Indian journal of veterinary science and animal husbandry - Volume 6,
Year: 1936
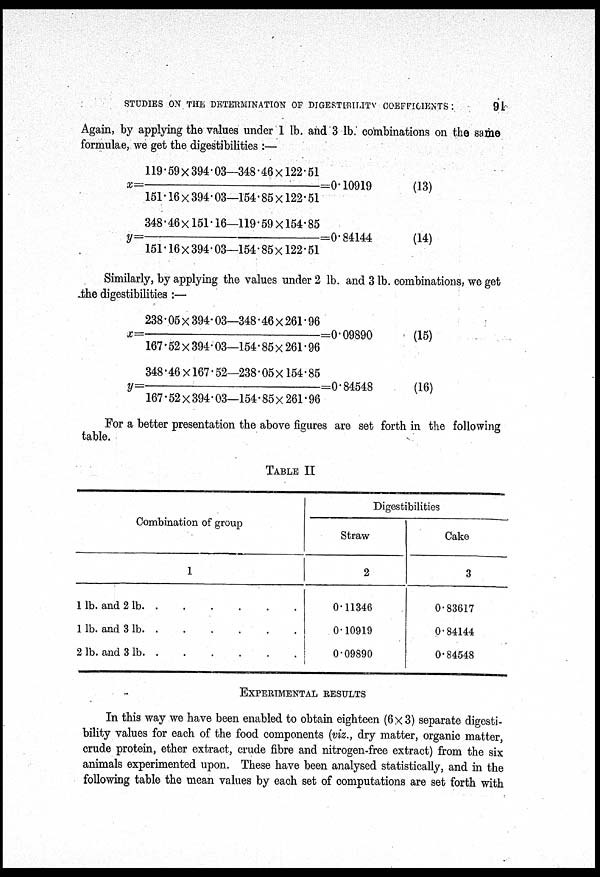
STUDIES ON THE DETERMINATION OF DIGESTIBILITY COEFFICIENTS:
91
Again, by applying the values under 1 lb. and 3 lb combinations on the same
formulae, we get the digestibilities :—
x=
119.59×394.03—348.46×122.51
151.16×394.03—154.85×122.51
=0.10919
(13)
y=
348.46×151.16—119.59×154.85
151.16×394.03—154.85×122.51
=0.84144
(14)
Similarly, by applying the values under 2 lb. and 3 lb. combinations, we get
the digestibilities :—
x =
238.05×394.03—348.46×261.96
167.52×394.03—154.85×261.96
=0.09890
(15)
y=
348.46×167.52—238.05 ×154.85
167.52×394.03—154.85×261.96
=0.84548
(16)
For a better presentation the above figures are set forth in the following
table.
TABLE II
Combination of group
1
1lb. and 2 lb
1 lb. and 3 lb
2 lb. and 3 lb
Digestibilities
Straw
2
0.11346
0.10919
0.09890
Cake
3
0.83617
0.84144
0.84548
EXPERIMENTAL RESULTS
In this way we have been enabled to obtain eighteen (6×3) separate digesti-
bility values for each of the food components (viz., dry matter, organic matter,
crude protein, ether extract, crude fibre and nitrogen-free extract) from the six
animals experimented upon. These have been analysed statistically, and in the
following table the mean values by each set of computations are set forth with